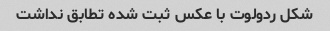
شکل ردولوت با عکس ثبت شده تطابق نداشت